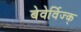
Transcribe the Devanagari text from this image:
बेवेर्विज्क्